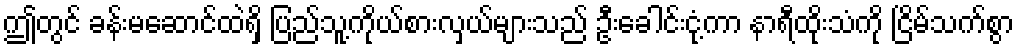
ဤတွင် ခန်းမဆောင်ထဲရှိ ပြည်သူ့ကိုယ်စားလှယ်များသည် ဦးခေါင်းငုံ့ကာ နာရီထိုးသံကို ငြိမ်သက်စွာ